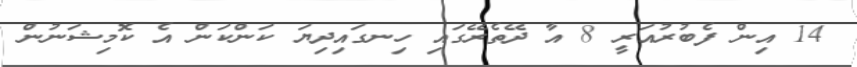
14 އިން ފެބުރުއަރީ 8 އާ ދޭތެރޭގައި ހިނގައިދިޔަ ކަންކަން އެ ކޮމިޝަނުން